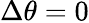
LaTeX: \Delta\theta=0